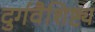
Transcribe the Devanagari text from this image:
दुर्गवैशिष्ट्य